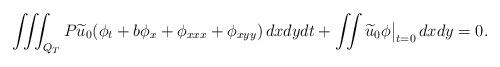
LaTeX: \begin{align*}\iiint_{Q_T}P\widetilde u_0(\phi_t+b\phi_x+\phi_{xxx}+\phi_{xyy})\,dxdydt +\iint \widetilde u_0\phi\big|_{t=0}\,dxdy=0.\end{align*}